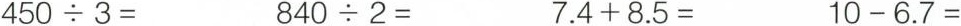
$$4 5 0 \div 3=$$ $$8 4 0 \div 2 =$$ $$7 . 4 + 8 . 5 =$$ $$1 0 - 6 . 7 =$$